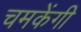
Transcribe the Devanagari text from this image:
चमकेंगी